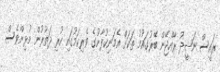
ރައީސް ނަޝީދު ރާއްޖޭން ބޭރުގައުމު ތަކަށް އެމަނިކުފާނުގެ ވެރިކަމުގައި ކުރި ދަތުރުން މުޅިންވެސް